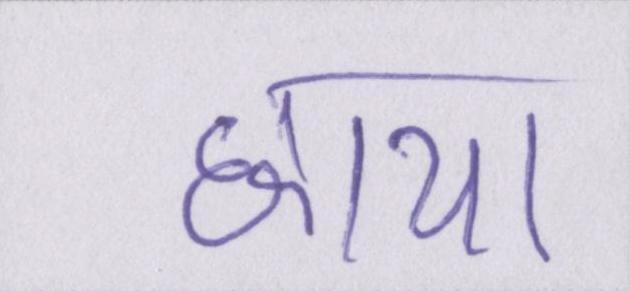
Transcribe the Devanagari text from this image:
छाया